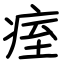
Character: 痓